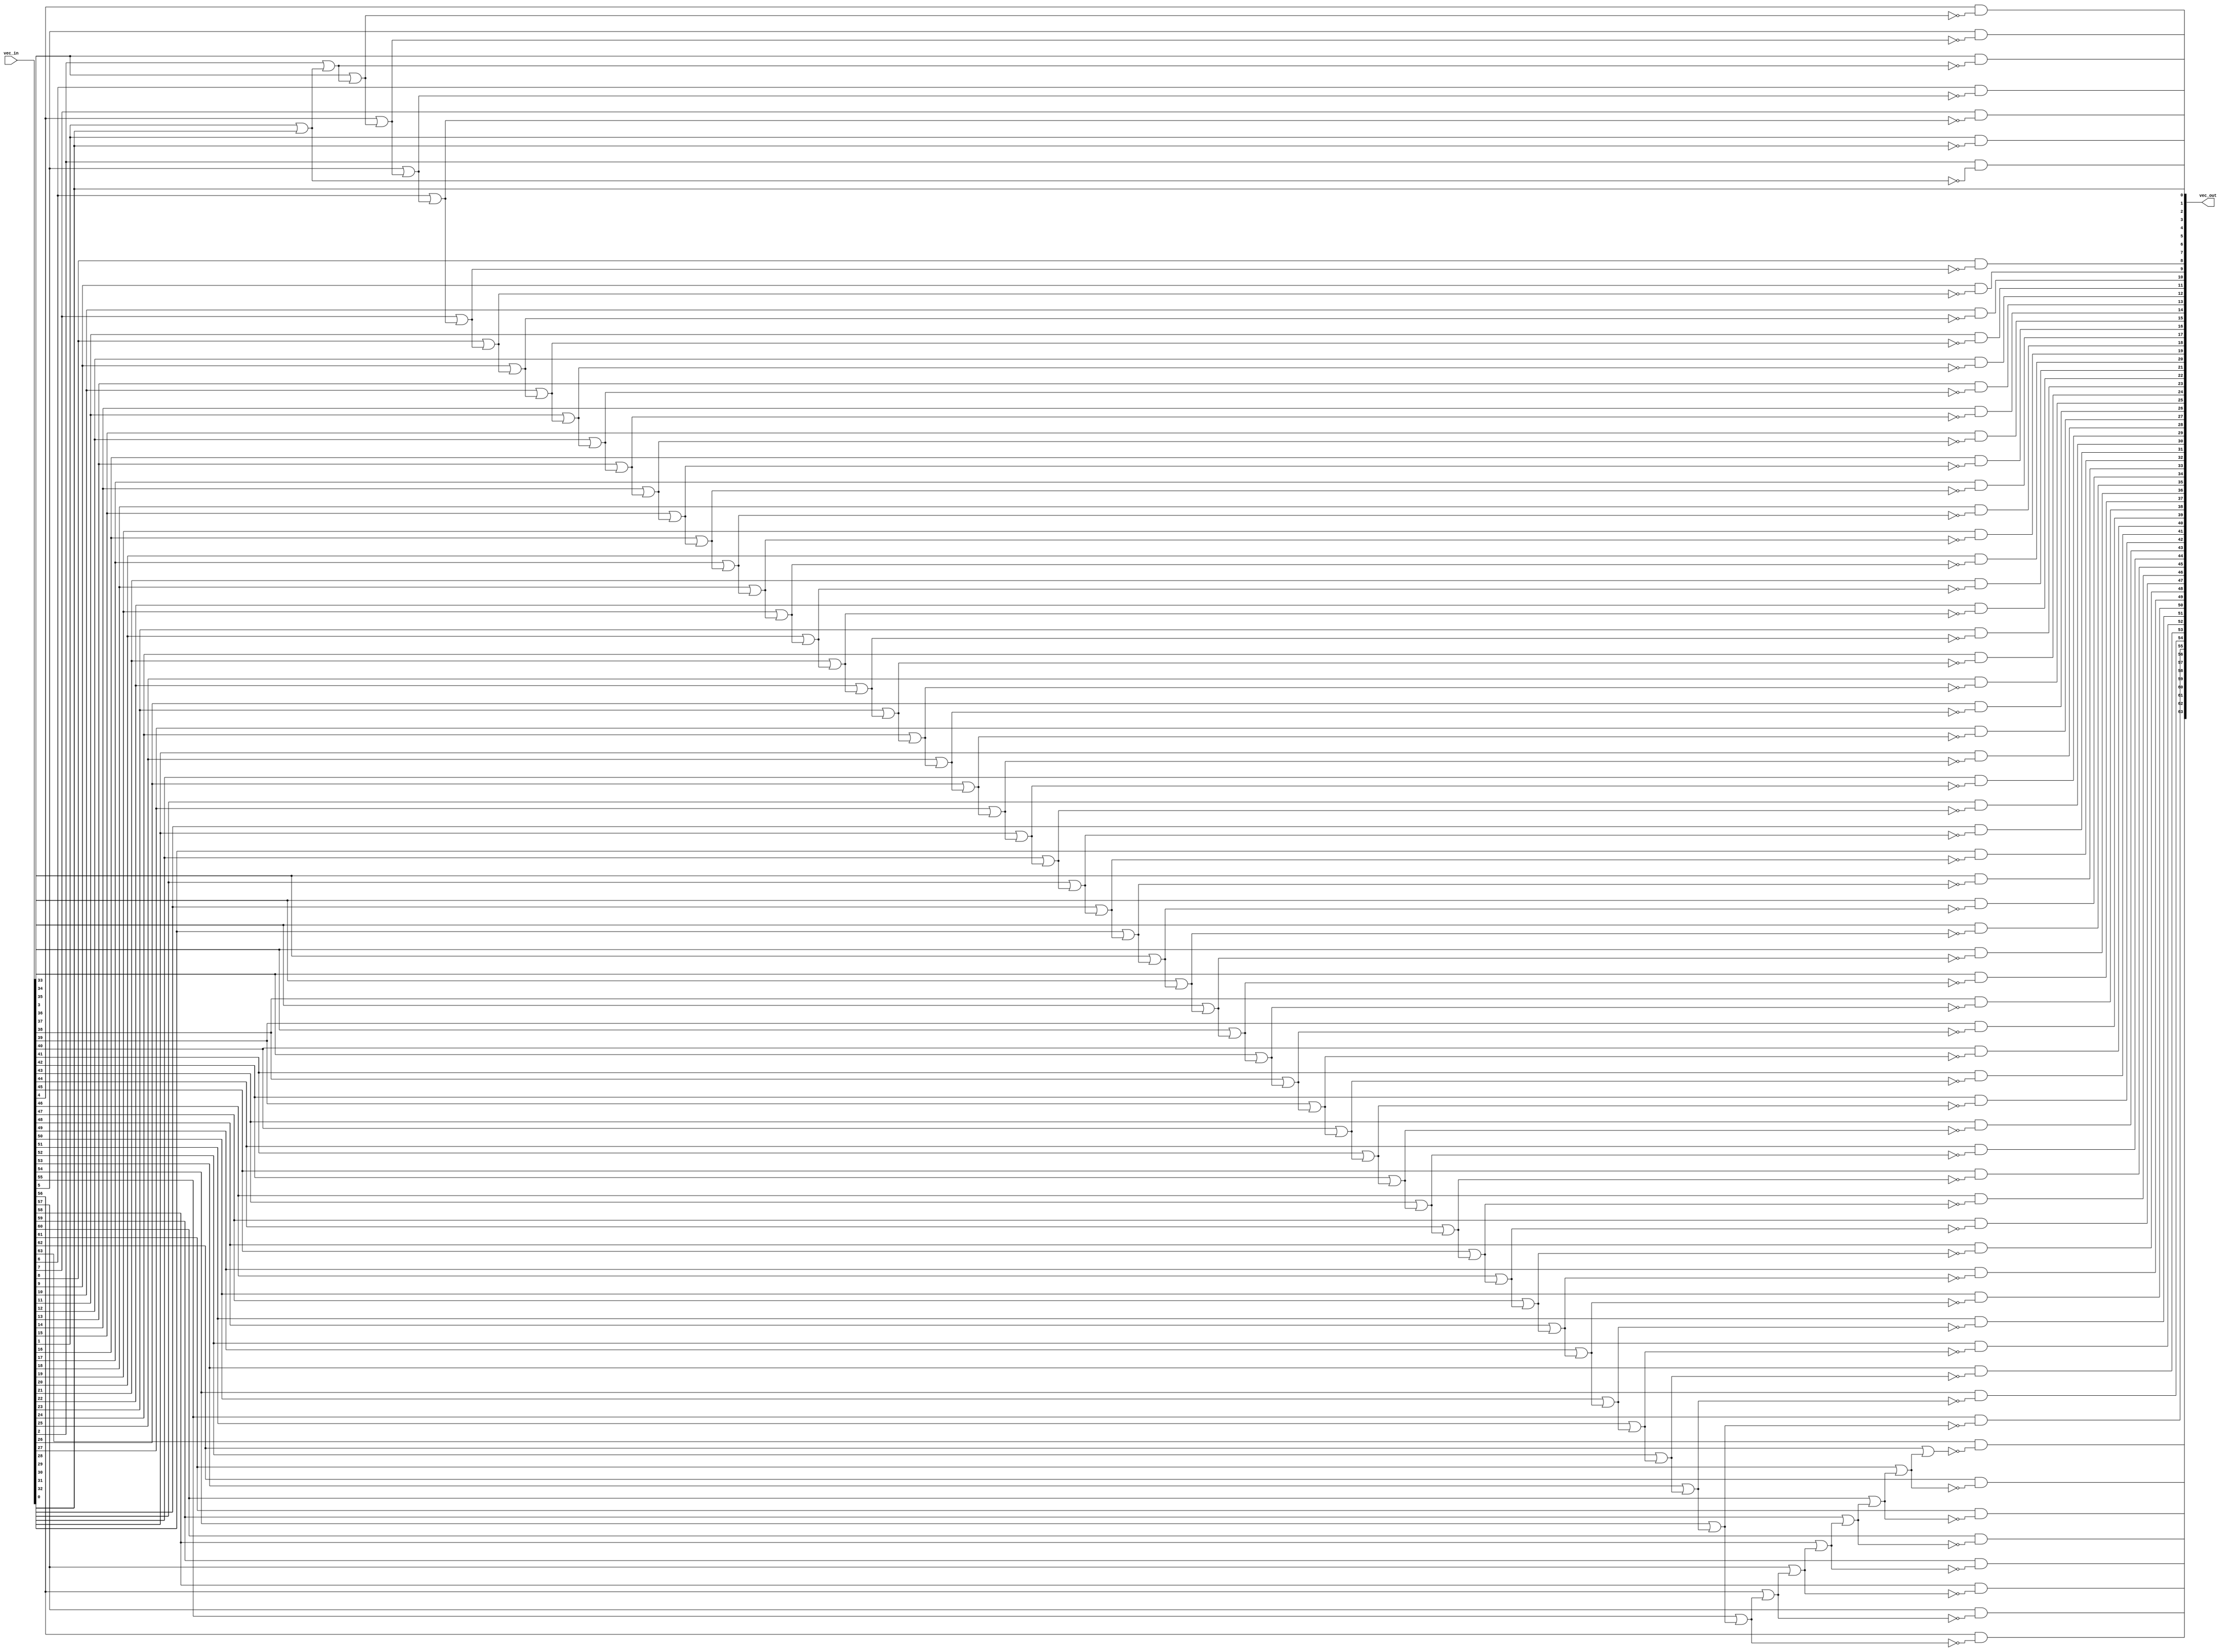
module iobdg_findfirst (
   vec_out, 
   vec_in
   );
   parameter VEC_WIDTH = 64;
   input [VEC_WIDTH-1:0]     vec_in;
   output [VEC_WIDTH-1:0]    vec_out;
   reg [VEC_WIDTH-1:0]       vec_out;
   reg [VEC_WIDTH-1:0]       selected;
   integer 		      i;
   always @(vec_in or selected)
     begin
     	selected[0] = vec_in[0];
	vec_out[0] = vec_in[0];
	for (i=1; i<VEC_WIDTH; i=i+1)
	  begin
	     selected[i] = vec_in[i] | selected[i-1];
	     vec_out[i] = vec_in[i] & ~selected[i-1];
	  end
     end
endmodule